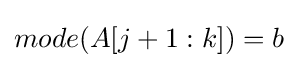
mode(A[j+1:k])=b